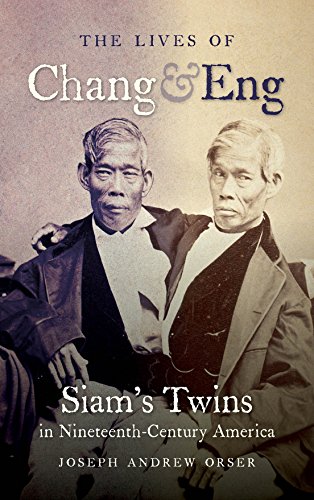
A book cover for The Lives of Chang and Eng: Siam's Twins in Nineteenth-Century America; Joseph Andrew Orser; Biographies & Memoirs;